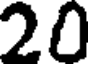
20